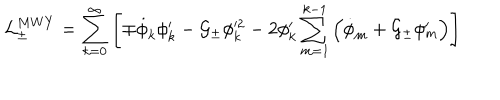
{ \cal L } _ { \pm } ^ { M W Y } = \sum _ { k = 0 } ^ { \infty } \left[ \mp \dot { \phi } _ { k } \phi _ { k } ^ { \prime } - { \cal G _ { \pm } } \phi _ { k } ^ { 2 } - 2 \phi _ { k } ^ { \prime } \sum _ { m = 1 } ^ { k - 1 } \left( \dot { \phi } _ { m } + { \cal G _ { \pm } } \phi _ { m } ^ { \prime } \right) \right]